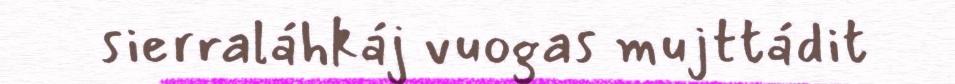
sierraláhkáj vuogas mujttádit